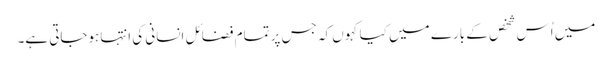
میں اُس شخص کے بارے میں کیا کہوں کہ جس پر تمام فضائلِ انسانی کی انتہاہوجاتی ہے۔